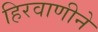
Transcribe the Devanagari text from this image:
हिरवाणीने